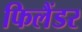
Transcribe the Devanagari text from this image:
फिलैंडर